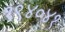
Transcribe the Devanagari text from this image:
१९४०४१